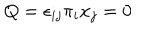
Q = \epsilon _ { i j } \pi _ { i } x _ { j } = 0